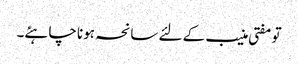
تو مفتی منیب کے لئے سانحہ ہونا چاہئے۔